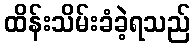
ထိန်းသိမ်းခံခဲ့ရသည်